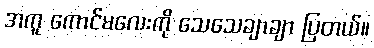
အကူ ကောင်မလေးကို သေသေချာချာ ပြတယ်။